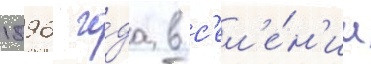
1896 го́да в с'ел'е́н'ии